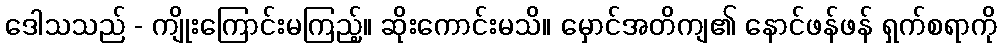
ဒေါသသည် - ကျိုးကြောင်းမကြည့်။ ဆိုးကောင်းမသိ။ မှောင်အတိကျ၏ နောင်ဖန်ဖန် ရှက်စရာကို